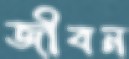
জীবন